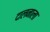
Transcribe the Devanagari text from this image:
दालनाला